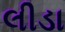
લીડા